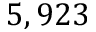
5 , 9 2 3